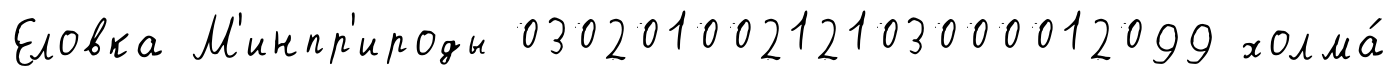
Еловка М'инпр'ироды 03020100212103000012099 холма́